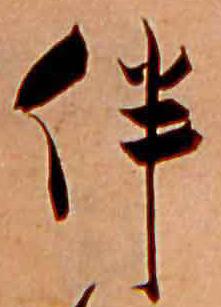
伴